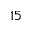
1 5